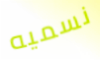
نسميه